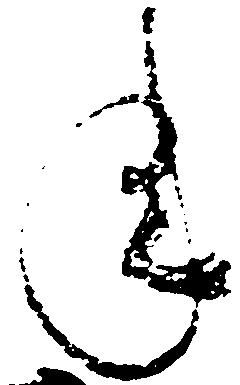
年